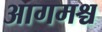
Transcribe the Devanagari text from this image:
आगमश्च